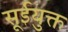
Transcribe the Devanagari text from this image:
सूईयुक्त